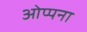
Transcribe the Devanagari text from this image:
ओप्पना